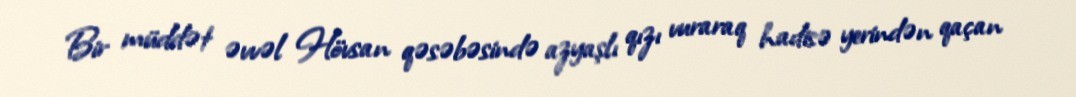
Bir müddət əvvəl Hövsan qəsəbəsində azyaşlı qızı vuraraq hadisə yerindən qaçan